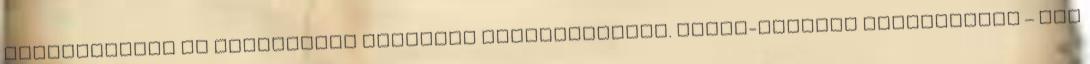
jelenetekben és Tersánszky gyönyörű nyelvezetében. Kelet-európai filmgyártás – Önt